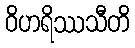
ဝိဟရိဿသီတိ